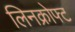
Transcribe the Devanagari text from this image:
लिनक्रोफ्ट